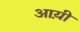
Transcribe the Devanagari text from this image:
आय़ी